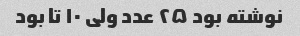
نوشته بود ۲۵ عدد ولی ۱۰ تا بود